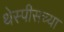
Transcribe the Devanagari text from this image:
थेस्पीसच्या